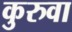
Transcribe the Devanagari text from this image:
कुरुवा